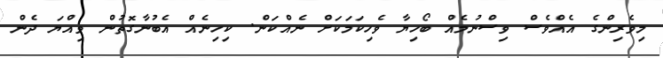
މިވެރިންގެ އެއްވެސް ވިސްނުމެއް ބޯހިޔާ ވެހިކަމަކަށް ނެއްކަން. ކިހިނެއް އެބުނާގޮތުން ވިއްޔަ ދެން